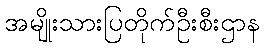
အမျိုးသားပြတိုက်ဦးစီးဌာန